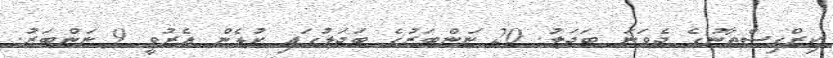
ކިރްގިސްތާނުގެ ދެވަނަ ބަދަލު. 20 ނަންބަރުގެ ބަދަލުގައި ކުޅެން އެރުވީ 9 ނަންބަރު.